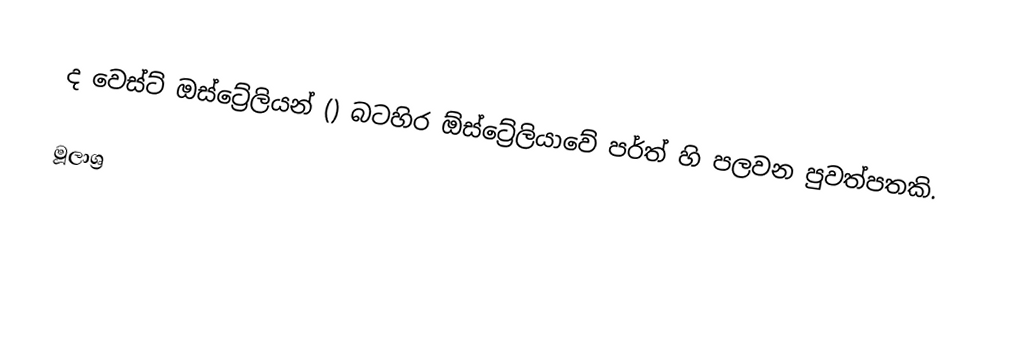
ද වෙස්ට් ඔස්ට්‍රේලියන් () බටහිර ඕස්ට්‍රේලියාවේ පර්ත් හි පලවන පුවත්පතකි.

මූලාශ්‍ර